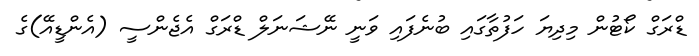
ޑްރަގް ކޯޓުން މިދިޔަ ހަފުތާގައި ބުނެފައި ވަނީ ނޭޝަނަލް ޑްރަގް އެޖެންސީ (އެންޑީއޭ)ގެ